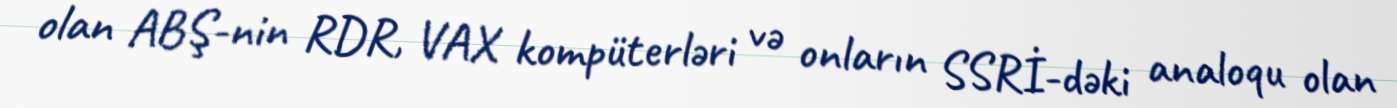
olan ABŞ-nin RDR, VAX kompüterləri və onların SSRİ-dəki analoqu olan